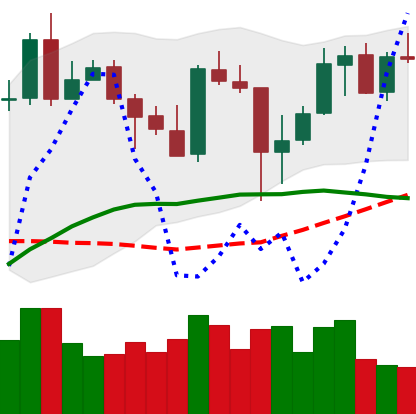
Ticker: XMR-USD
Chart end date: 2020-05-17
Forward return: -3.156%
Label: down_3_5